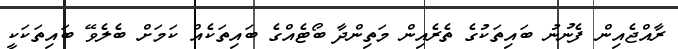
ރާއްޖެއިން ފެނުނު ބައިތަކުގެ ތެރެއިން މަތިންދާ ބޯޓެއްގެ ބައިތަކެއް ކަމަށް ބެލެވޭ ބައިތަކަކީ